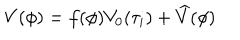
LaTeX: V ( \phi ) = f ( \phi ) V _ { 0 } ( \tau _ { i } ) + \widehat V ( \phi )